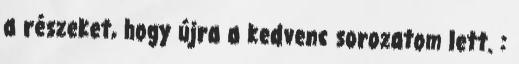
a részeket, hogy újra a kedvenc sorozatom lett. :